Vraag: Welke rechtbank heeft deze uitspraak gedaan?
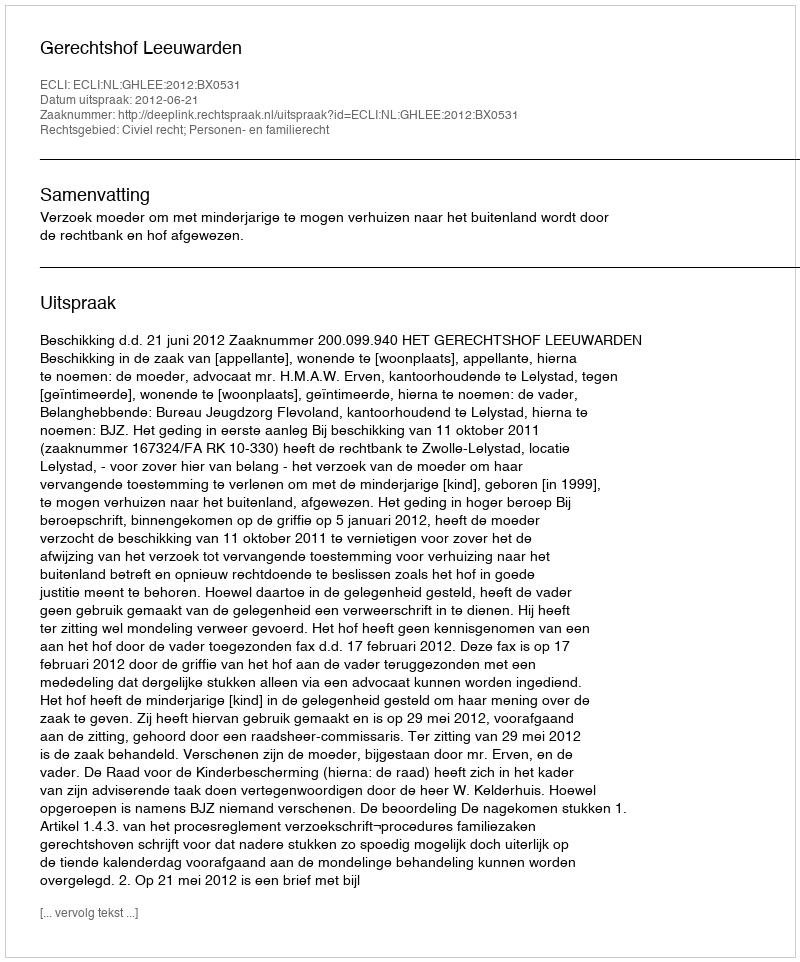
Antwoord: Gerechtshof Leeuwarden